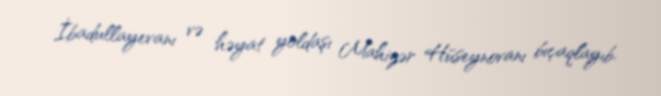
İbadullayevanı və həyat yoldaşı Mahizər Hüseynovanı bıçaqlayıb.